Annual report of the Bengal Veterinary College and of the Civil Veterinary Department, Bengal, for the year 1908-1909 - 1908-1909
Year: 1908
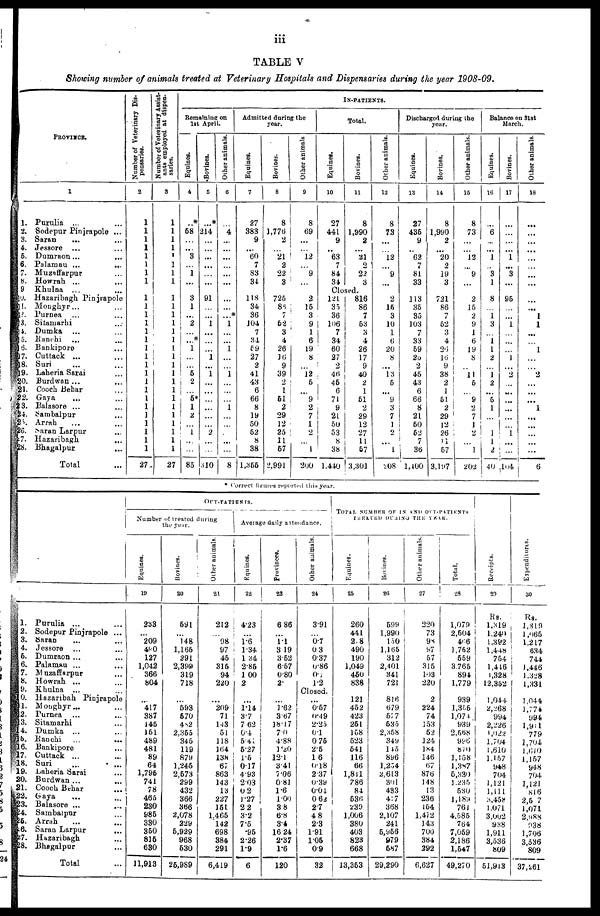
iii
TABLE V
Showing number of animals treated at Veterinary Hospitals and Dispensaries during the year 1908-09.
PROVINCE.
1
1.
2.
3.
4.
5.
6.
7.
8.
9
10.
11.
12.
13.
14.
15.
16.
17.
18.
19.
20.
21.
22.
23.
24.
25.
26.
27.
28.
Purulia
... ...
Sodepur Pinjrapole ...
Saran
... ...
Jessore ... ...
Dumraon ... ...
Palamau ...
...
Muzaffarpur ...
Howrah ... ...
Khulna
... ...
Hazaribagh Pinjrapole
Monghyr ... ...
Purnea ... ...
Sitamarhi ...
Dumka ... ...
Ranchi
... ...
Bankipore ...
Cuttack ... ...
Suri ... ...
Laheria Sarai ...
Burdwan ... ...
Cooch Behar ...
Gaya ... ...
Balasore ... ...
Sambalpur ...
Arrab ... ...
Saran Larpur ...
Hazaribagh ...
Bhagalpur
...
Total ...
Number of Veterinary Dis-
pensaries.
2
1
1
1
1
1
1
1
1
1
1
1
1
1
1
1
1
1
1
1
1
1
1
1
1
1
1
1
27
Number of Veterinary Assist-
ants employed at dispen-
saries.
3
1
1
1
1
1
1
1
1
1
1
1
1
1
1
1
1
1
1
1
1
1
1
1
1
1
1
1
27
IN-PATIENTS.
Remaining on
1st April.
Equines.
4
..*
58
...
...
3
...
1
...
3
1
...
2
...
...*
1
...
...
5
2
...
5*
1
2
...
1
...
...
85
Bovines.
5
...*
214
...
...
...
...
...
...
91
...
...
1
...
...
...
1
...
1
...
...
...
...
...
...
2
...
...
310
Other animals.
6
...
4
...
...
...
...
...
...
...
...
...*
1
...
...
1
...
...
1
...
...
...
1
...
...
...
...
...
8
Admitted during the
year.
Equines.
7
27
383
9
...
60
7
83
34
118
34
36
104
7
34
59
27
2
41
43
6
66
8
19
50
62
8
38
1,366
Bovines.
8
8
1,776
2
...
21
2
22
3
725
86
7
52
3
4
26
16
9
39
2
1
51
2
29
12
25
11
67
2,991
Other animals
9
8
69
...
...
12
...
9
...
2
15
3
9
1
6
19
8
...
12
5
...
9
2
7
1
2
...
1
200
Total.
Equines.
10
27
441
9
..
63
7
84
34
Bovines.
11
8
1,990
2
...
21
2
22
3
Closed.
121
35
36
106
7
34
60
27
2
46
45
6
71
9
21
50
53
8
38
1,440
816
86
7
53
3
4
26
17
9
40
2
1
61
2
29
12
27
11
57
3,301
Other animals.
12
8
73
...
...
12
...
9
...
2
15
3
10
1
6
20
8
...
13
5
...
9
3
7
1
2
...
1
208
Discharged during the
year.
Equines.
13
27
435
9
..
62
7
81
33
113
35
35
103
7
33
59
25
2
45
43
6
66
8
21
50
52
7
36
1,400
Bovines.
14
8
1,990
2
...
20
2
19
3
721
86
7
62
3
4
26
16
9
38
2
1
61
2
29
12
26
11
57
3,197
Other animals.
15
8
73
...
...
12
...
9
...
2
15
2
9
1
6
19
8
..
11
6
...
9
2
7
1
2
...
1
202
Balance on 31st
March.
Equines.
16
...
6
...
...
1
...
3
1
8
...
1
3
...
1
1
2
...
1
2
...
5
1
...
...
1
1
2
40
Bovines.
17
...
...
...
...
1
...
3
...
95
...
...
1
...
...
...
1
...
2
...
...
...
...
...
...
1
...
...
104
Other animals.
18
...
...
...
...
...
...
...
...
...
...
1
1
...
...
1
...
...
2
...
...
...
1
...
...
...
...
...
6
* Correct figures reported this year.
1.
2.
3.
4.
5.
6.
7.
8.
9.
10.
11.
12.
13.
14.
16.
16.
17.
18.
19.
20.
21.
22.
23.
24.
25.
26.
27.
28.
Purulia ... ...
Sodepur Pinjrapole ...
Saran ... ...
Jessore ... ...
Dumraon ... ...
Palamau ... ...
Muzaffarpur ...
Howrah ... ...
Khulna
... ...
Hazaribah
Pinjrapole
Moughyr ... ...
Purnea ... ...
Sitamarhi ...
Dumka
... ...
Ranchi
...
...
Bankipore ...
Cuttack ... ...
Suri ... ...
Laheria Sarai ...
Burdwan ... ...
Cooch Behar
...
Gaya ... ...
Balasore ... ...
Sambalpur ...
Arrah ... ...
Saran Larpur
...
Hazaribagh ...
Bhegalpur ...
Total ...
OUT-PATIENTS.
Number of treated during
the year.
Equines.
19
233
...
209
490
127
1,042
366
804
...
417
387
145
151
489
481
89
64
1,796
741
78
465
230
985
330
350
815
630
11,913
Bovines.
20
591
...
148
1,165
291
2,399
319
718
...
593
570
482
2,355
345
119
879
1,245
2,573
299
432
366
366
2,078
229
5,929
968
530
25,989
Other animals.
21
212
...
98
97
45
315
94
220
...
209
71
143
51
118
164
138
67
863
143
13
227
151
1,465
142
698
384
291
6,419
Average daily attendance.
Equines.
22
4.23
...
1.6
1.34
1 34
2.85
1 00
2
...
1.14
3.7
7 62
0.4
5.41
5.27
1.5
0.17
4.93
2.03
0 2
1.27
2 2
3.2
7.5
.95
2.26
1.9
6
Provinces.
23
6 86
...
1.1
3 19
3.52
6.57
0.80
2.
...
1.62
3.67
18.17
7.0
4.88
1'20
12.1
3.41
7.06
0.81
1.6
1.00
3.8
6.8
3.4
16 24
2.37
1.6
120
Other animals.
24
3.91
...
0.7
0 3
0.37
0.86
0.
1.2
Closed.
...
0.57
0.49
2.25
0.1
0 75
2.5
1 6
0.18
237
0.39
0.04
0 62
2.7
4 8
2.3
1.91
1.05
0.9
32
TOTAL NUMBER OF IN AND OUT-PATIENTS
TREATED
DURING
THE
YEAR.
Equines.
25
260
441
2.8
490
190
1,049
460
838
121
452
423
251
158
523
541
116
66
1,841
786
84
536
239
1,006
380
403
823
668
13,353
Bovines.
26
699
1,990
150
1,165
312
2,401
341
721
816
679
577
535
2,358
349
145
896
1,254
2,613
301
433
417
368
2,107
241
5,956
979
587
29,290
Other animals.
27
220
73
98
97
57
315
1.03
220
2
224
74
153
52
124
184
146
67
876
148
13
236
154
1,472
143
700
384
292
6,627
Total.
28
1,079
2,504
466
1,752
559
3.765
894
1,779
939
1,355
1,074
939
2,568
996
870
1,158
1,387
5,330
1,235
530
1,189
761
4,585
764
7,059
2,186
1,547
49,270
Recei pt s .
29
Rs.
1,319
1,240
1,392
1,448
754
1,416
1,328
12,352
1,044
2,268
994
2,226
1,022
1,704
1,610
1,157
948
704
1,121
1,111
3,458
1,071
3,002
938
1,911
3,536
809
51,913
Expenditures.
30
Rs.
1,319
1,965
1,217
634
744
1,446
1.328
1,331
1,044
1,774
994
1,911
779
1,704
1,610
1,157
948
704
1,121
816
2,5 7
1,071
2,988
938
1,706
3,536
809
37,261